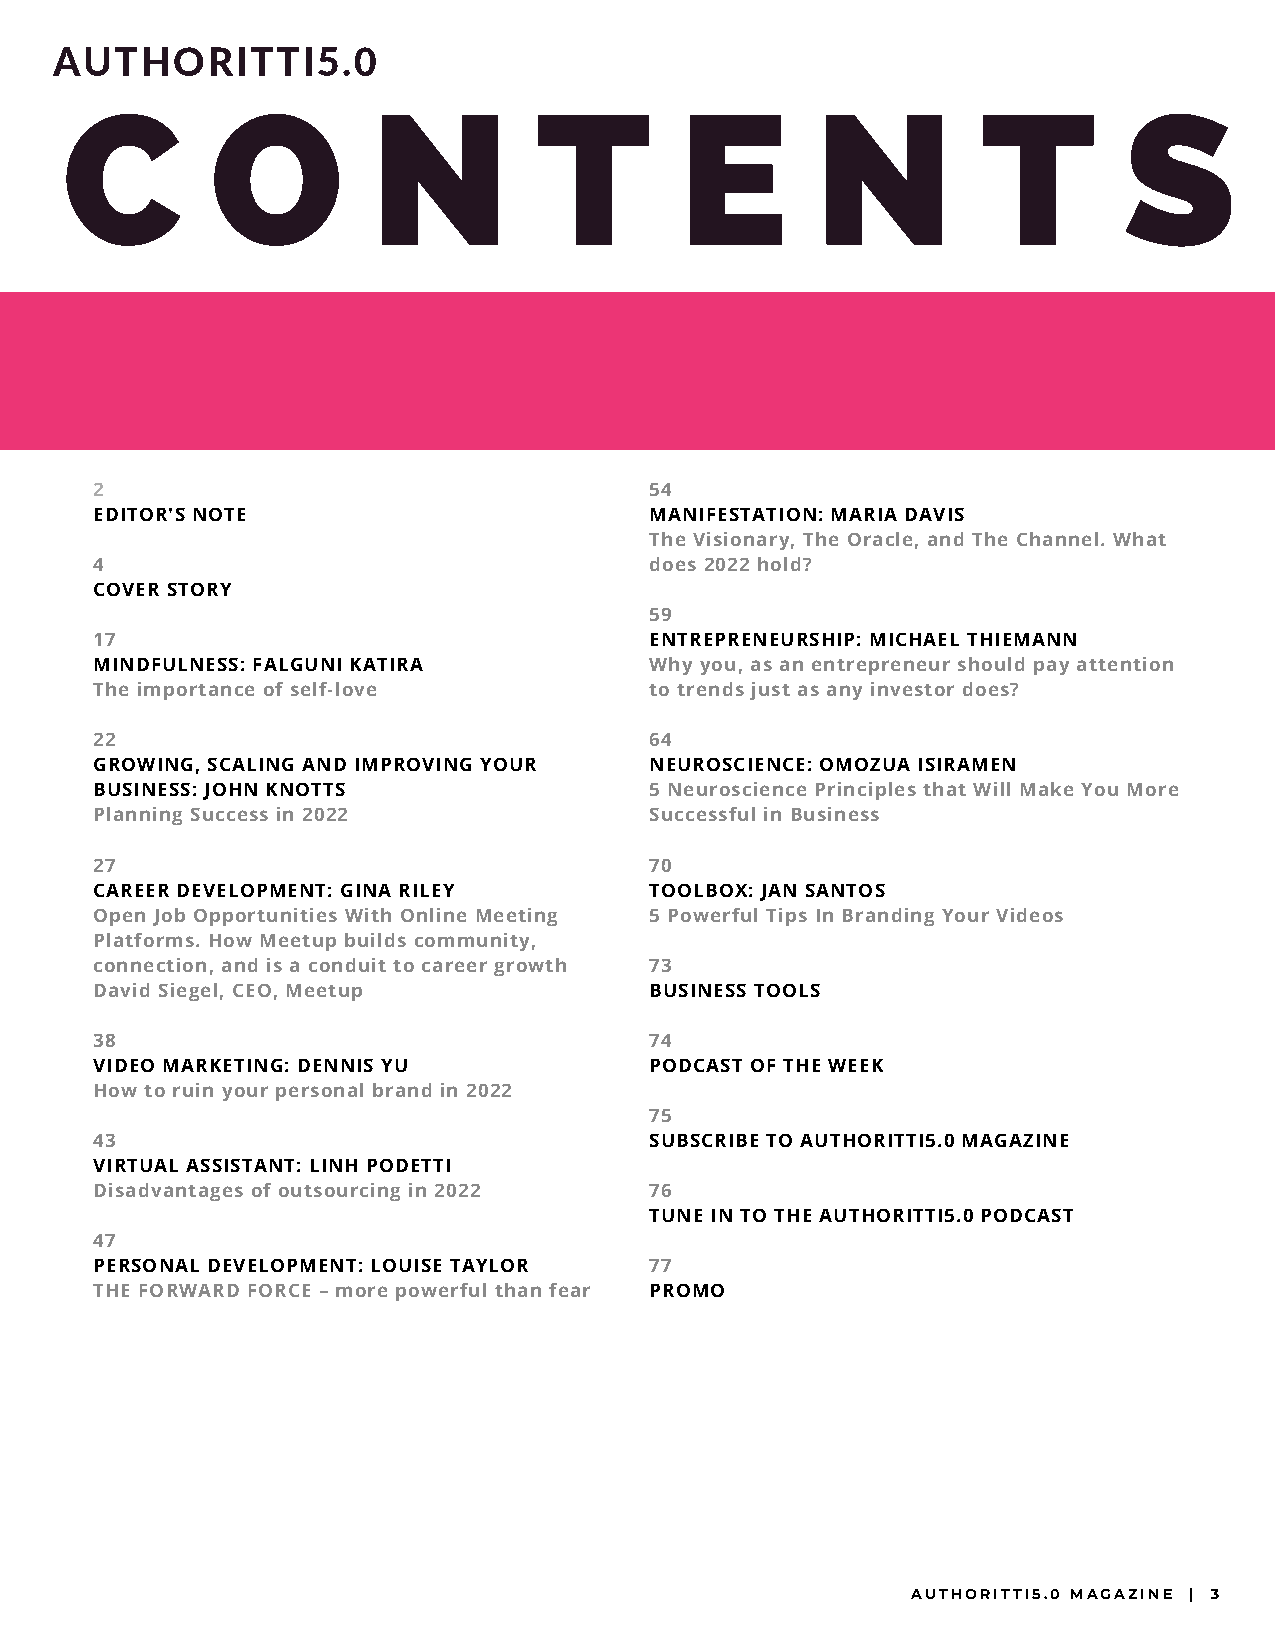
AUTHORITTI5.0
 C         O          N          T        E        N          T        S
 2                                    54
 EDITOR'S NOTE                        MANIFESTATION: MARIA DAVIS
 The Visionary, The Oracle, and The Channel. What
 4                                    does 2022 hold?
 COVER STORY
 59
 17                                   ENTREPRENEURSHIP: MICHAEL THIEMANN
 MINDFULNESS: FALGUNI KATIRA          Why you, as an entrepreneur should pay attention
 The importance of self-love          to trends just as any investor does?
 22                                   64
 GROWING, SCALING AND IMPROVING YOUR  NEUROSCIENCE: OMOZUA ISIRAMEN
 BUSINESS: JOHN KNOTTS                5 Neuroscience Principles that Will Make You More
 Planning Success in 2022             Successful in Business
 27                                   70
 CAREER DEVELOPMENT: GINA RILEY       TOOLBOX: JAN SANTOS
 Open Job Opportunities With Online Meeting 5 Powerful Tips In Branding Your Videos
 Platforms. How Meetup builds community,
 connection, and is a conduit to career growth 73
 David Siegel, CEO, Meetup            BUSINESS TOOLS
 38                                   74
 VIDEO MARKETING: DENNIS YU           PODCAST OF THE WEEK
 How to ruin your personal brand in 2022
 75
 43                                   SUBSCRIBE TO AUTHORITTI5.0 MAGAZINE
 VIRTUAL ASSISTANT: LINH PODETTI
 Disadvantages of outsourcing in 2022 76
 TUNE IN TO THE AUTHORITTI5.0 PODCAST
 47
 PERSONAL DEVELOPMENT: LOUISE TAYLOR  77
 THE FORWARD FORCE – more powerful than fear PROMO
 AUTHORITTI5.0 MAGAZINE | 3